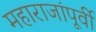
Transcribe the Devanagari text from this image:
महाराजांपूर्वी